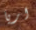
اريا